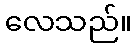
လေသည်။